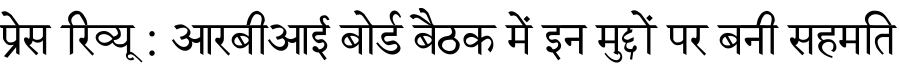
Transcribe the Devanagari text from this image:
प्रेस रिव्यू : आरबीआई बोर्ड बैठक में इन मुद्दों पर बनी सहमति